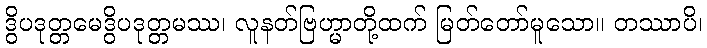
ဒွိပဒုတ္တမေဒွိပဒုတ္တမဿ၊ လူနတ်ဗြဟ္မာတို့ထက် မြတ်တော်မူသော။ တဿာပိ၊